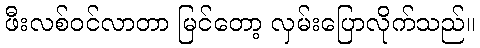
ဖီးလစ်ဝင်လာတာ မြင်တော့ လှမ်းပြောလိုက်သည်။